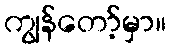
ကျွန်တော့်မှာ။